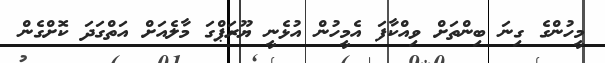
މީހުންގެ ގިނަ ބިންތަށް ވިއްކާފަ އެމީހުން އުޅެނީ ޔޫރަޕްގަ މާލެއަށް އަތްގަދަ ކޮށްގެން